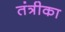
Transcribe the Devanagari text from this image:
तंत्रीका